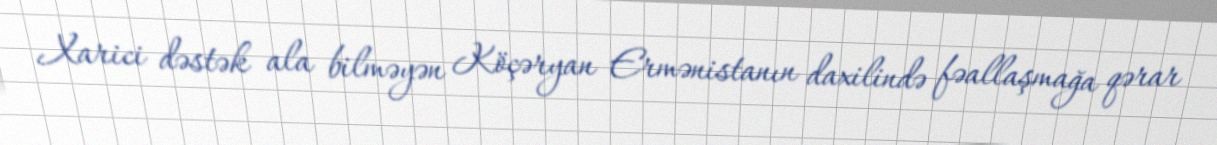
Xarici dəstək ala bilməyən Köçəryan Ermənistanın daxilində fəallaşmağa qərar